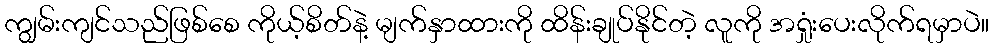
ကျွမ်းကျင်သည်ဖြစ်စေ ကိုယ့်စိတ်နဲ့ မျက်နှာထားကို ထိန်းချုပ်နိုင်တဲ့ လူကို အရှုံးပေးလိုက်ရမှာပဲ။